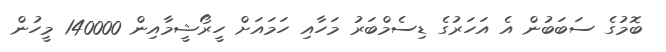
ބޮމުގެ ސަބަބުން އެ އަހަރުގެ ޑިސެމްބަރު މަހާއި ހަމައަށް ހީރޯޝީމާއިން 140000 މީހުން